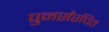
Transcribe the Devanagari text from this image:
पुनर्संरचित